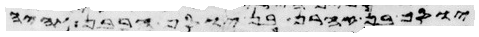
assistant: וסמך אהרן ובניו את ידיהם